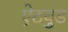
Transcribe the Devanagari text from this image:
ऐटवुड